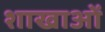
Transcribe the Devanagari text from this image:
शाखाआें